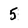
Character: 5